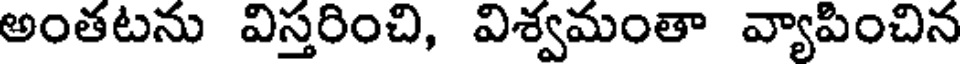
అంతటను విస్తరించి, విశ్వమంతా వ్యాపించిన